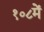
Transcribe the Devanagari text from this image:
१०८में